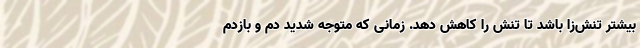
بیشتر تنش‌زا باشد تا تنش را کاهش دهد. زمانی که متوجه شدید دم و بازدم